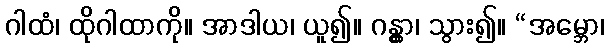
ဂါထံ၊ ထိုဂါထာကို။ အာဒါယ၊ ယူ၍။ ဂန္တွာ၊ သွား၍။ “အမ္ဘော၊